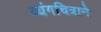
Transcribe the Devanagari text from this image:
व्यंगचित्राने